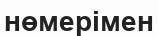
нөмерімен